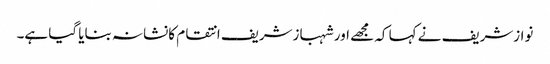
نوازشریف نے کہا کہ مجھے اور شہبازشریف انتقام کانشانہ بنایا گیا ہے۔